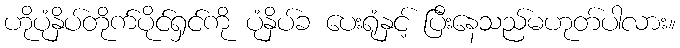
ဟိုပုံနှိပ်တိုက်ပိုင်ရှင်ကို ပုံနှိပ်ခ ပေးရုံနှင့် ပြီးနေသည်မဟုတ်ပါလား။